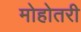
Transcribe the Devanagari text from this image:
मोहोतरी